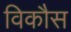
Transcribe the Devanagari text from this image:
विकाैस